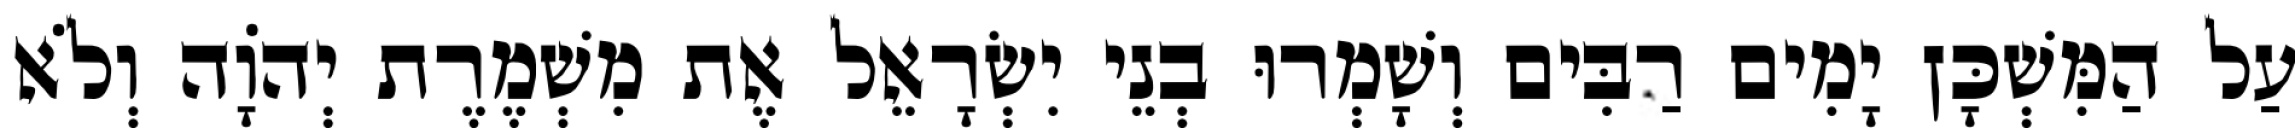
עַל הַמִּשְׁכָּן יָמִים רַבִּים וְשָׁמְרוּ בְנֵי יִשְׂרָאֵל אֶת מִשְׁמֶרֶת יְהוָֹה וְלֹא